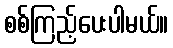
စစ်ကြည့်ပေးပါမယ်။